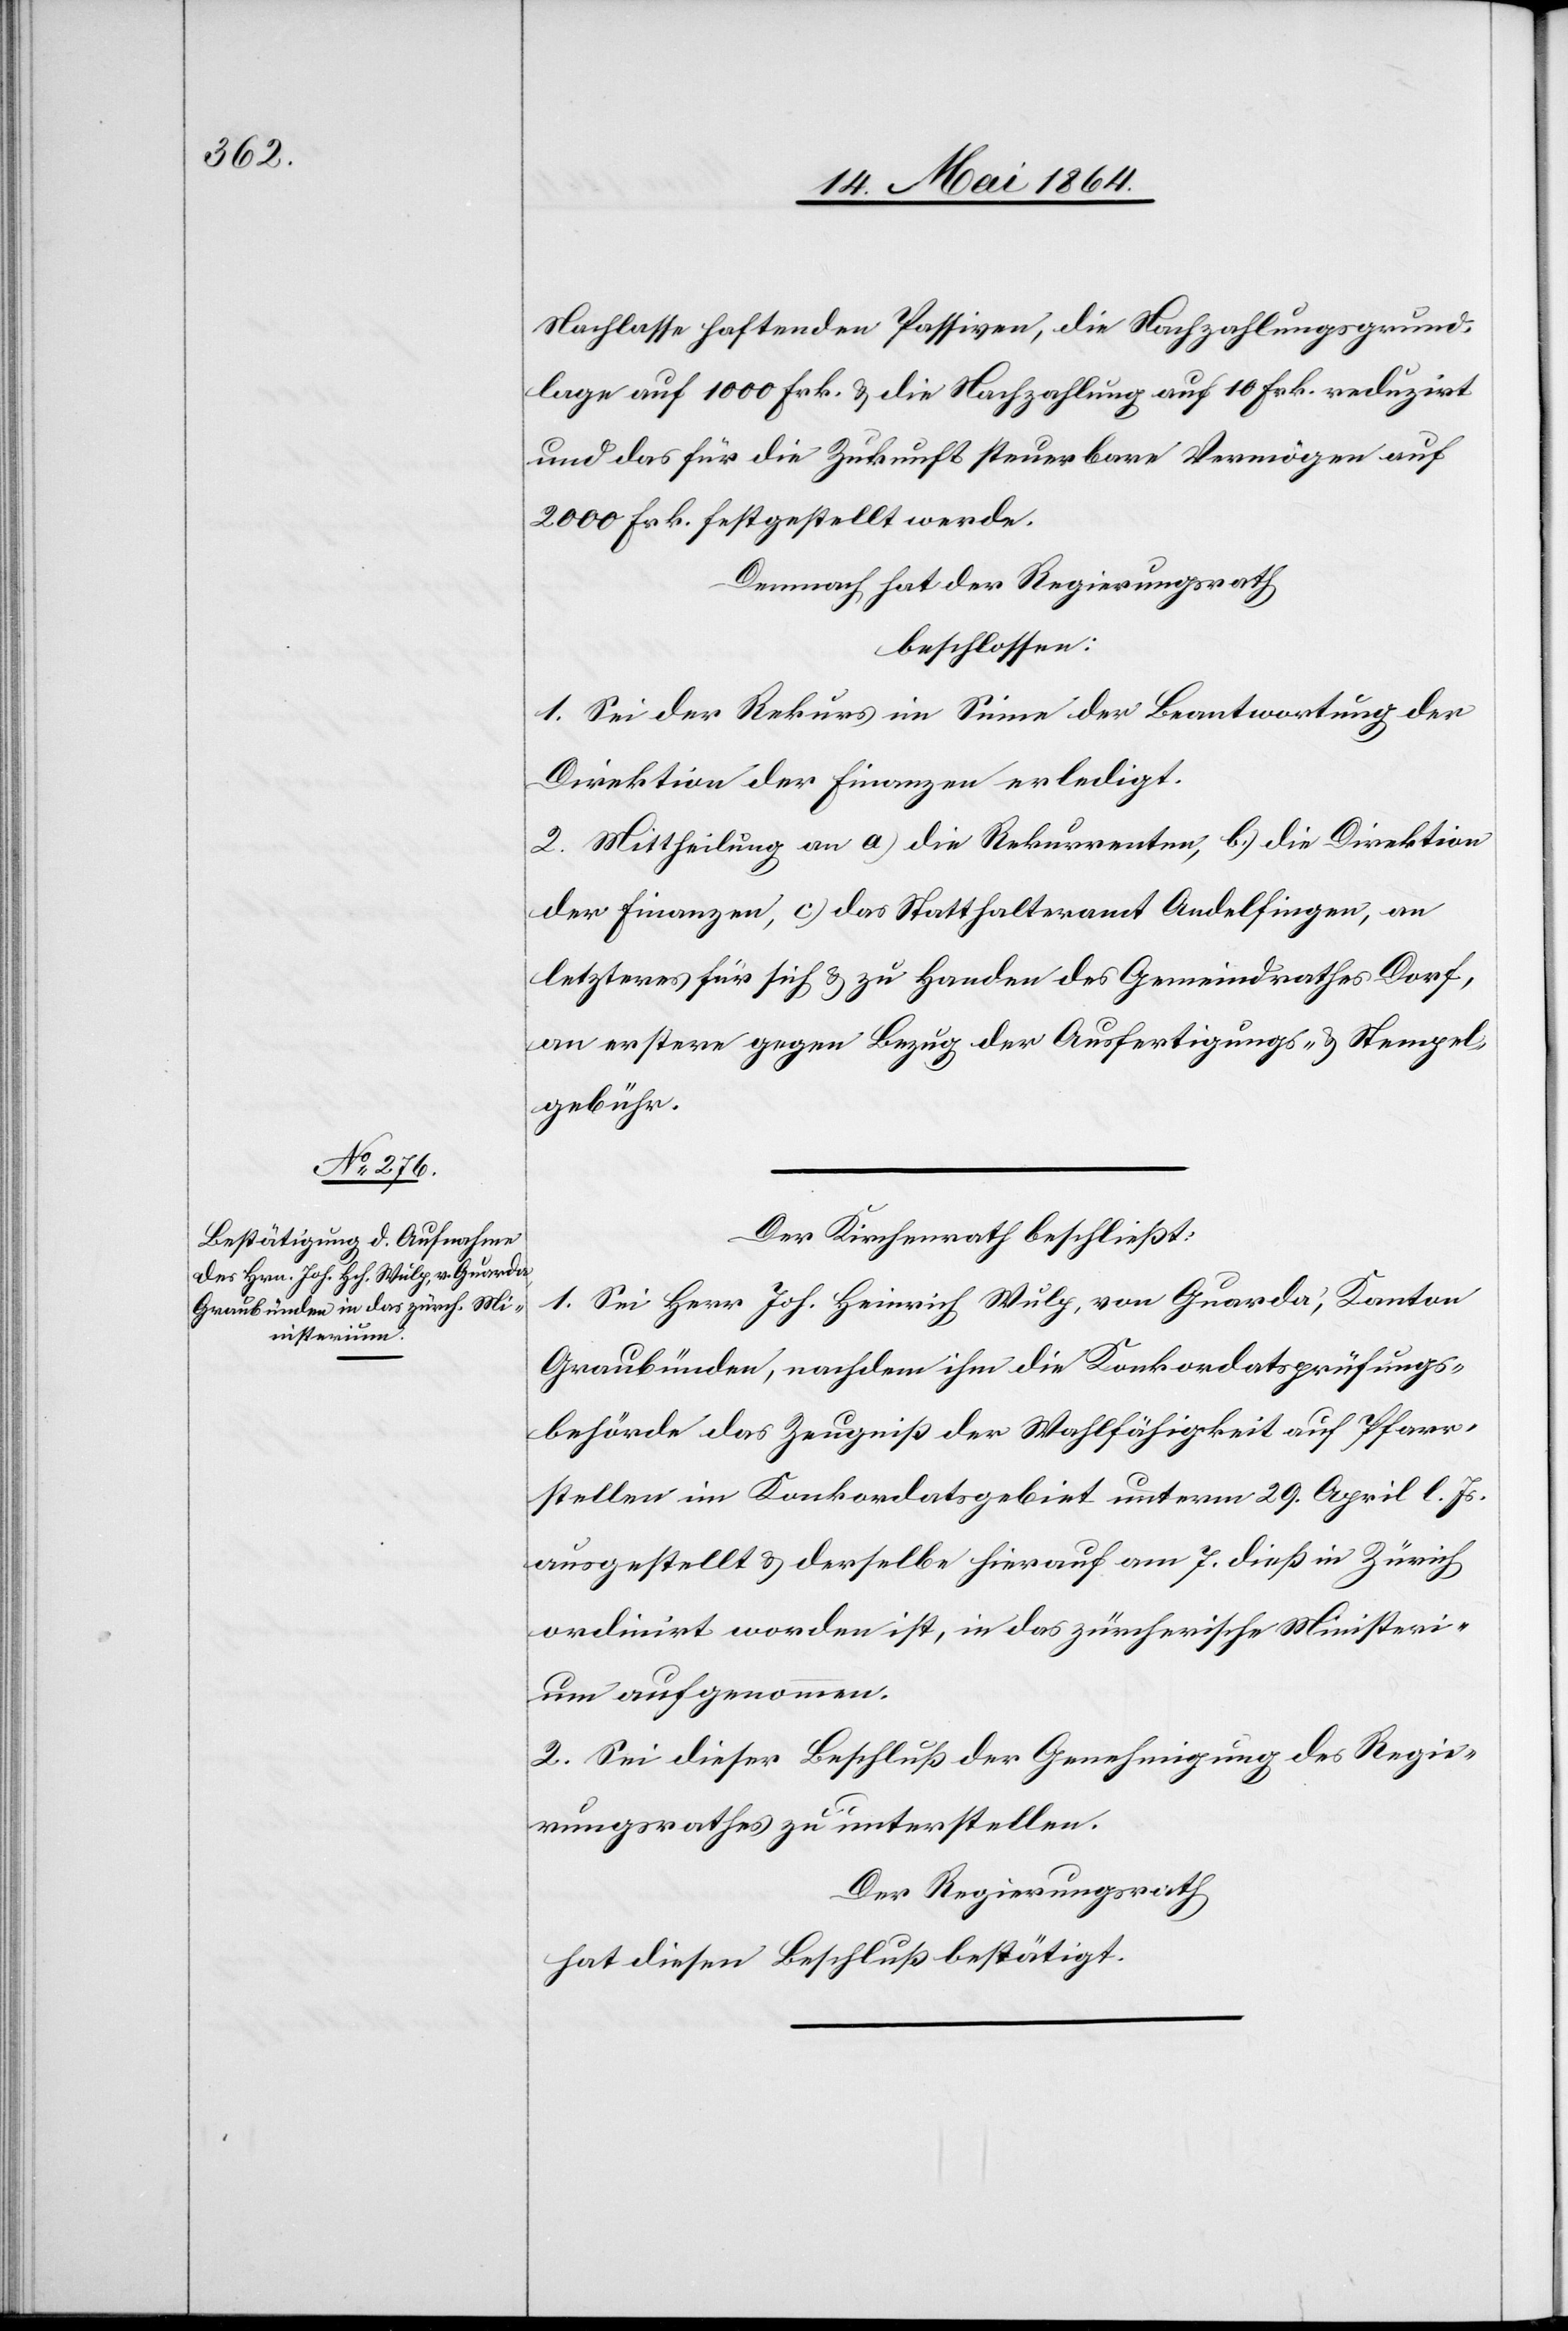
und das für die Zukunft steuerbare Vermögen auf
2000 Frk. festgestellt werde.
Demnach hat der Regierungsrath
beschlossen:
1. Sei der Rekurs im Sinne der Beantwortung der
Direktion der Finanzen erledigt.
2. Mittheilung an a) die Rekurrenten, b) die Direktion
der Finanzen, c) das Statthalteramt Andelfingen, an
letzteres für sich u. zu Handen des Gemeindrathes Dorf,
an erstere gegen Bezug der Ausfertigungs- u. Stempel¬
gebühr.
Der Kirchenrath beschließt:
1. Sei Herr Joh. Heinrich Wulp, von Guarda, Kanton
Graubünden, nachdem ihm die Konkordatsprüfungs¬
behörde das Zeugniß der Wahlfähigkeit auf Pfarr¬
stellen im Konkordatsgebiet unterm 29. April l. Js.
ausgestellt u. derselbe hierauf am 7. dieß in Zürich
ordinirt worden ist, in das zürcherische Ministeri¬
um aufgenommen.
2. Sei dieser Beschluß der Genehmigung des Regie¬
rungsrathes zu unterstellen.
Der Regierungsrath
hat diesen Beschluß bestätigt.